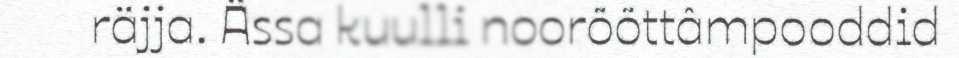
räjja. Ässa kuulli noorõõttâmpooddid